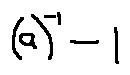
( a ) ^ { - 1 } - 1